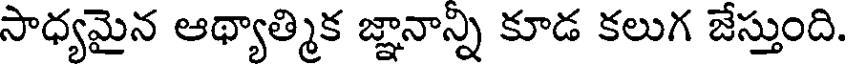
సాధ్యమైన ఆథ్యాత్మిక జ్ఞానాన్ని కూడ కలుగ జేస్తుంది.